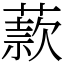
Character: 䕀